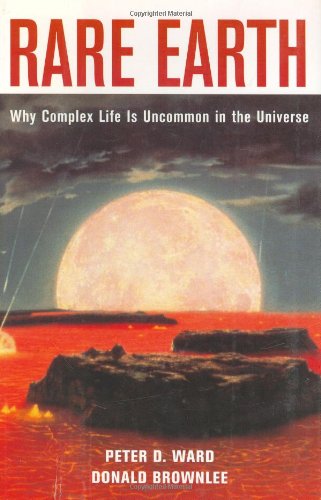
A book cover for Rare Earth: Why Complex Life is Uncommon in the Universe; Peter D. Ward; Science & Math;